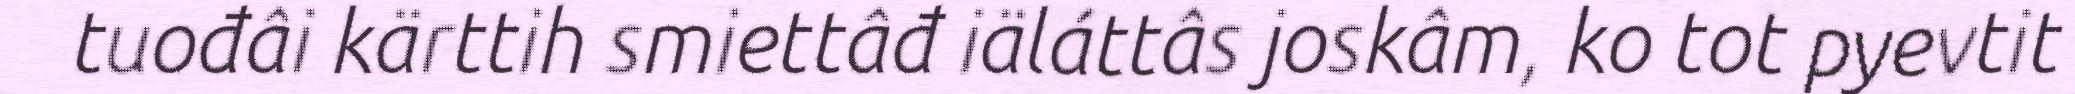
tuođâi kärttih smiettâđ iäláttâs joskâm, ko tot pyevtit